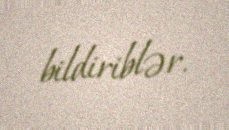
bildiriblər.